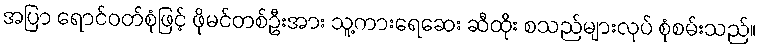
အပြာ ရောင်ဝတ်စုံဖြင့် ဖိုမင်တစ်ဦးအား သူ့ကားရေဆေး ဆီထိုး စသည်များလုပ် စုံစမ်းသည်။